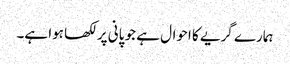
ہمارے گریے کا احوال ہے جو پانی پر لکھا ہوا ہے۔